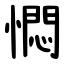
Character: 㦖